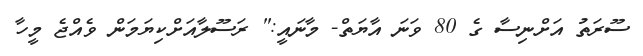
ސޫރަތު އަށްނިސާ ގެ 80 ވަނަ އާޔަތް- މާނައީ:" ރަސޫލާއަށްކިޔަމަން ވެއްޖެ މީހާ